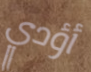
أؤدي